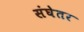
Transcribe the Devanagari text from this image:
संघेतर